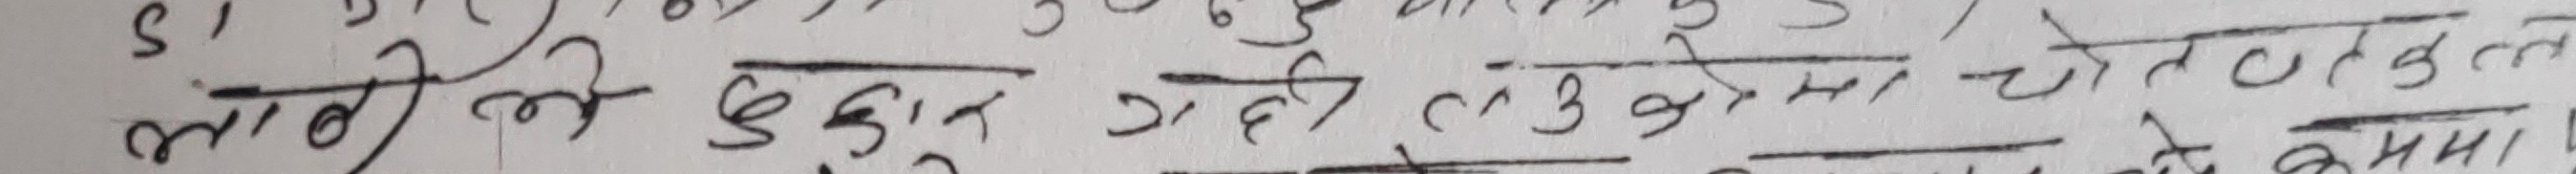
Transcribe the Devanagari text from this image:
९ लागी लिन हुकुम रही लोकमा चेतन तुल